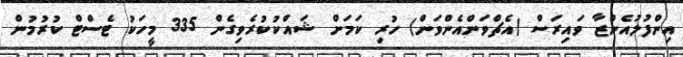
އިންފުލުއެންޒާ ވައިރަސް (އެޗްވަންއެންވަން) ހުރި ކަމަށް ޝައްކުކުރެވިގެން 335 މީހަކު ޓެސްޓް ކުރުމުން